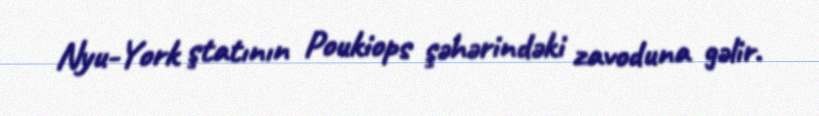
Nyu-York ştatının Poukiops şəhərindəki zavoduna gəlir.